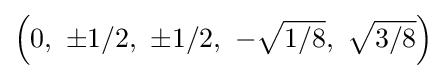
\left(0,\ \pm 1/2,\ \pm 1/2,\ -{\sqrt {1/8}},\ {\sqrt {3/8}}\right)